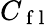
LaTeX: C_{\mathrm{~f~l~}}